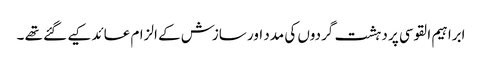
ابراہیم القوسی پر دہشت گردوں کی مدد اور سازش کے الزام عائد کیے گئے تھے ۔